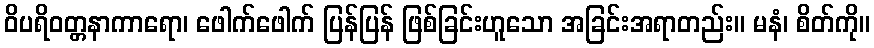
ဝိပရိဝတ္တနာကာရော၊ ဖေါက်ဖေါက် ပြန်ပြန် ဖြစ်ခြင်းဟူသော အခြင်းအရာတည်း။ မနံ၊ စိတ်ကို။